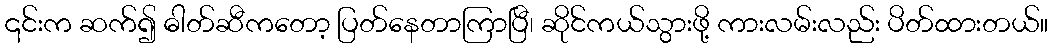
၎င်းက ဆက်၍ ဓါတ်ဆီကတော့ ပြတ်နေတာကြာပြီ၊ ဆိုင်ကယ်သွားဖို့ ကားလမ်းလည်း ပိတ်ထားတယ်။